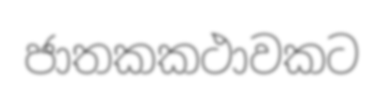
ජාතකකථාවකට